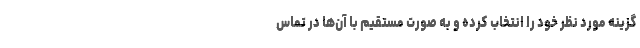
گزینه مورد نظر خود را انتخاب کرده و به صورت مستقیم با آن­ها در تماس